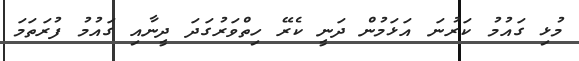
މުޅި ގައުމު ކަރުނަ އަޅަމުން ދަނީ ކެރޭ ހިތްވަރުގަދަ ދީނާއި ގައުމު ފުރަތަމަ